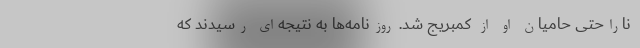
ناراحتی حامیان او از کمبریج شد. روزنامه‌ها به نتیجه‌ای رسیدند که